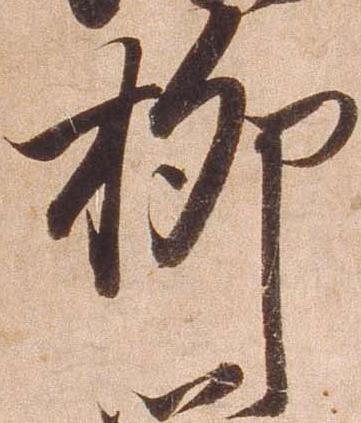
柳